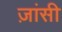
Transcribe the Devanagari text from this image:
ज़ांसी